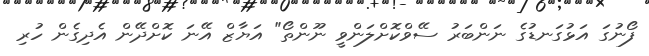
ފޯނުގަ އަޅުގަނޑުގެ ނަންބަރު ސޭވްކޮށްލަންވީ ނޫންތޯ" އަޔާޒް އޭނަ ކޮށްދޭން އެދިގެން ހުރި